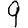
Digit: 9